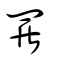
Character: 羅